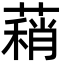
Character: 蕱